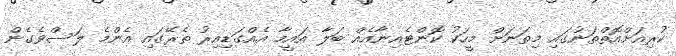
ކުރިއަށްއޮތްތަނުގައި މިތަނަށް މީހަކު ކޮންޓެއިނާއެއް ބަލާ އައީމާ އެއްގަޑިއިރު ތެރޭގައި އެންމެ ލަސްވެގެން